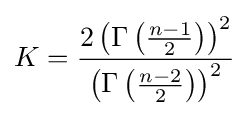
K={\frac {2\left(\Gamma \left({\frac {n-1}{2}}\right)\right)^{2}}{\left(\Gamma \left({\frac {n-2}{2}}\right)\right)^{2}}}